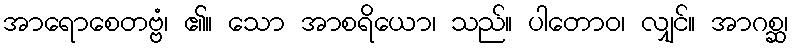
အာရောစေတဗ္ဗံ၊ ၏။ သော အာစရိယော၊ သည်။ ပါတောဝ၊ လျှင်။ အာဂစ္ဆ၊